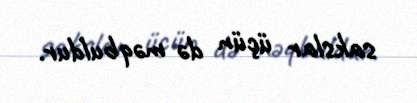
sakslar üçün də məqbuldur.